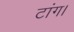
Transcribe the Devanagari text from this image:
टांग।